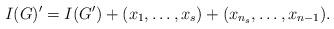
LaTeX: \begin{align*} I(G)'=I(G')+(x_1,\ldots,x_s)+(x_{n_s},\ldots,x_{n-1}).\end{align*}